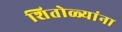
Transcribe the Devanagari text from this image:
शितोळ्यांना